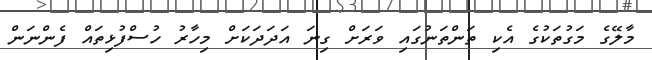
މާލޭގެ މަގުތަކުގެ އެކި ތަންތަނުގައި ވަރަށް ގިނަ އަދަދަކަށް މިހާރު ހުސްފުޅިތައް ފެންނަން